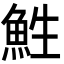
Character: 鮏